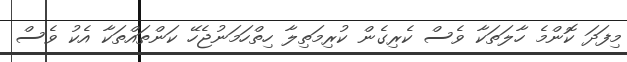
މިފަދަ ކޮންމެ ހާލަތަކާ ވެސް ކެރިގެން ކުރިމަތިލާ ހިތްހަމަނުޖެހޭ ކަންތައްތަކާ އެކު ވެސް